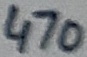
Text: 470